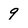
Character: 9